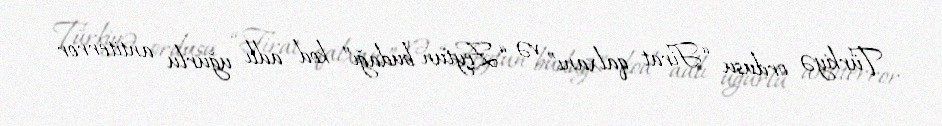
Türkiyə ordusu “Firat qalxanı” və “Zeytun budağı” kod adlı uğurlu antiterror